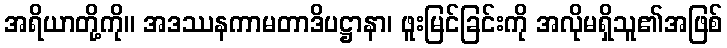
အရိယာတို့ကို။ အဒဿနကာမတာဒိပဋ္ဌာနာ၊ ဖူးမြင်ခြင်းကို အလိုမရှိသူ၏အဖြစ်